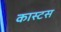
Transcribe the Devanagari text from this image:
कास्टस